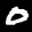
Label: 0